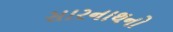
સારનાથનો